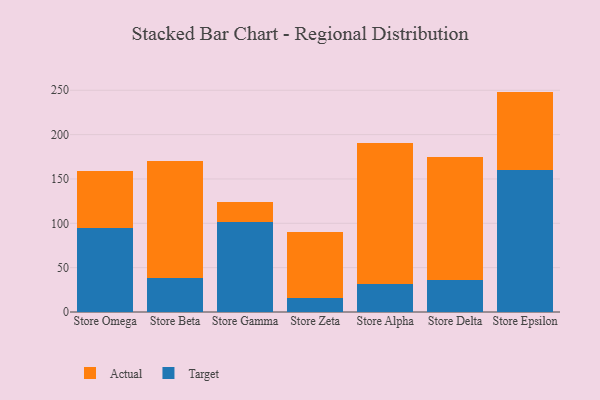
{"axis": {"x": "Store", "y": "Page Views"}, "legend": ["Actual", "Target"], "data": [{"x": "Store Omega", "y": 95.0, "type": "Target"}, {"x": "Store Omega", "y": 64.3, "type": "Actual"}, {"x": "Store Beta", "y": 38.4, "type": "Target"}, {"x": "Store Beta", "y": 132.3, "type": "Actual"}, {"x": "Store Gamma", "y": 101.8, "type": "Target"}, {"x": "Store Gamma", "y": 22.0, "type": "Actual"}, {"x": "Store Zeta", "y": 16.3, "type": "Target"}, {"x": "Store Zeta", "y": 74.0, "type": "Actual"}, {"x": "Store Alpha", "y": 31.7, "type": "Target"}, {"x": "Store Alpha", "y": 159.0, "type": "Actual"}, {"x": "Store Delta", "y": 36.6, "type": "Target"}, {"x": "Store Delta", "y": 137.8, "type": "Actual"}, {"x": "Store Epsilon", "y": 160.6, "type": "Target"}, {"x": "Store Epsilon", "y": 87.9, "type": "Actual"}]}